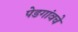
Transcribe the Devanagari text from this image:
पेडगांवचे